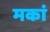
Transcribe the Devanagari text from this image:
मकां